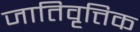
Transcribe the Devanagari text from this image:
जातिवृत्तिक